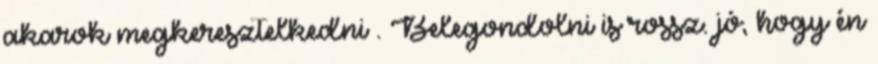
akarok megkeresztelkedni . Belegondolni is rossz. jó, hogy én